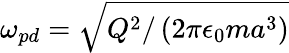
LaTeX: \omega_{pd}=\sqrt{Q^{2}/\left(2\pi\epsilon_{0}ma^{3}\right)}